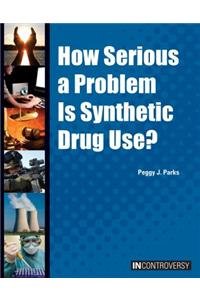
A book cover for How Serious a Problem Is Synthetic Drug Use? (In Controversy); Peggy Parks; Teen & Young Adult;